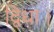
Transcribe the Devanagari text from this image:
द्विधा।